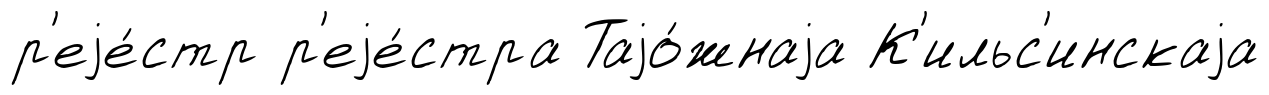
р'еjе́стр р'еjе́стра Таjо́жнаjа К'ильс'инскаjа